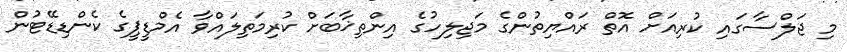
މި ޖަލްސާގައި ކުރިއަށް އޮތް ރައްޔިތުންގެ މަޖިލިހުގެ އިންތިޚާބަށް ކުރިމަތިލައްވާ އެމްޑީޕީގެ ކެންޑިޑޭޓުން